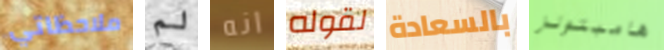
ملاحظاتي لم انه لقوله بالسعادة هامبتونز